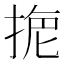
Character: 𢮾